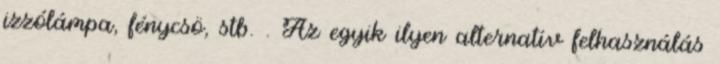
izzólámpa, fénycsö, stb. . Az egyik ilyen alternatív felhasználás